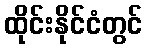
ထိုင်းနိုင်ငံတွင်